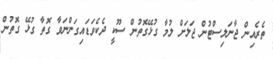
ތެރެއިން ޖާނަލިސްޓުން ޖަލަށް ލުމާ ގުޅޭގޮތުން ސޫކީ ދެކެވަޑައިގަންނަވާ ގޮތާ ގުޅޭ ގޮތުން